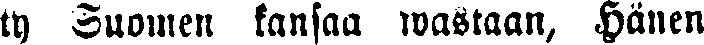
ty Suomen kansaa wastaan, Hänen